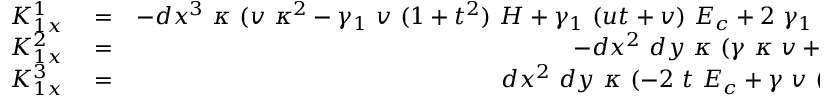
\begin{array} { r l r } { K _ { 1 x } ^ { 1 } } & { { } = } & { - d x ^ { 3 } ~ \kappa ~ ( v ~ \kappa ^ { 2 } - \gamma _ { 1 } ~ v ~ ( 1 + t ^ { 2 } ) ~ H + \gamma _ { 1 } ~ ( u t + v ) ~ E _ { c } + 2 ~ \gamma _ { 1 } ~ t ^ { 2 } ~ v ~ E _ { c } ) } \\ { K _ { 1 x } ^ { 2 } } & { { } = } & { - d x ^ { 2 } ~ d y ~ \kappa ~ ( \gamma ~ \kappa ~ v + 2 ~ \gamma _ { 1 } E _ { c } ) } \\ { K _ { 1 x } ^ { 3 } } & { { } = } & { d x ^ { 2 } ~ d y ~ \kappa ~ ( - 2 ~ t ~ E _ { c } + \gamma ~ v ~ ( t ~ v + u ) ) } \end{array}